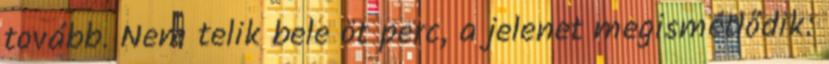
tovább. Nem telik bele öt perc, a jelenet megismétlődik: